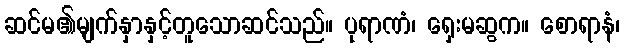
ဆင်မ၏မျက်နှာနှင့်တူသောဆင်သည်။ ပုရာဏံ၊ ရှေးမဆွက။ စောရာနံ၊